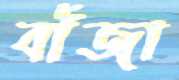
বাঁজা